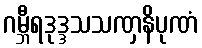
ဂမ္ဘီရဒုဒ္ဒသသဏှနိပုဏံ